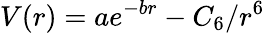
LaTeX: V(r)=ae^{-br}-C_{6}/r^{6}